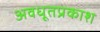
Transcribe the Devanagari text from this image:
अवधूतप्रकाश